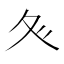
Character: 𭐝